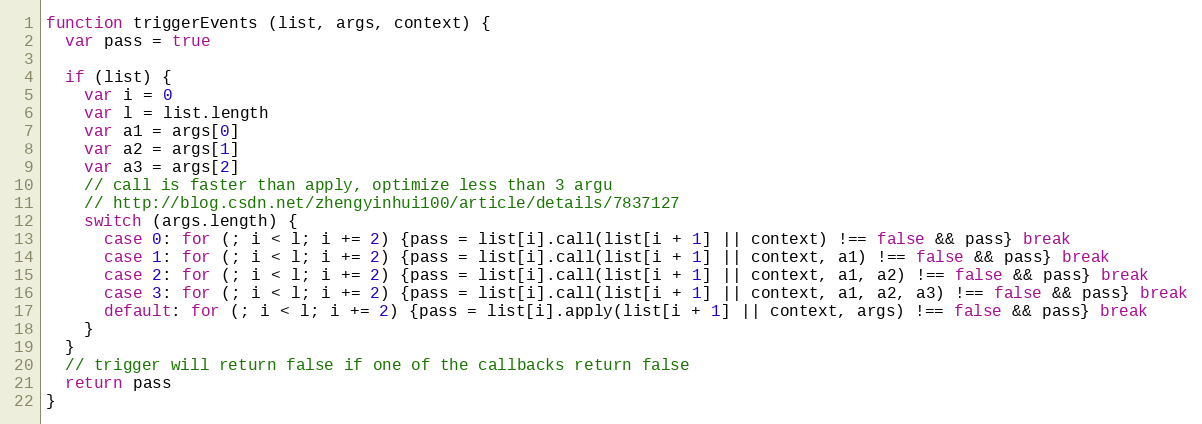
Language: JavaScript
function triggerEvents (list, args, context) {
  var pass = true

  if (list) {
    var i = 0
    var l = list.length
    var a1 = args[0]
    var a2 = args[1]
    var a3 = args[2]
    // call is faster than apply, optimize less than 3 argu
    // http://blog.csdn.net/zhengyinhui100/article/details/7837127
    switch (args.length) {
      case 0: for (; i < l; i += 2) {pass = list[i].call(list[i + 1] || context) !== false && pass} break
      case 1: for (; i < l; i += 2) {pass = list[i].call(list[i + 1] || context, a1) !== false && pass} break
      case 2: for (; i < l; i += 2) {pass = list[i].call(list[i + 1] || context, a1, a2) !== false && pass} break
      case 3: for (; i < l; i += 2) {pass = list[i].call(list[i + 1] || context, a1, a2, a3) !== false && pass} break
      default: for (; i < l; i += 2) {pass = list[i].apply(list[i + 1] || context, args) !== false && pass} break
    }
  }
  // trigger will return false if one of the callbacks return false
  return pass
}